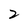
Character: 2